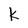
Character: k